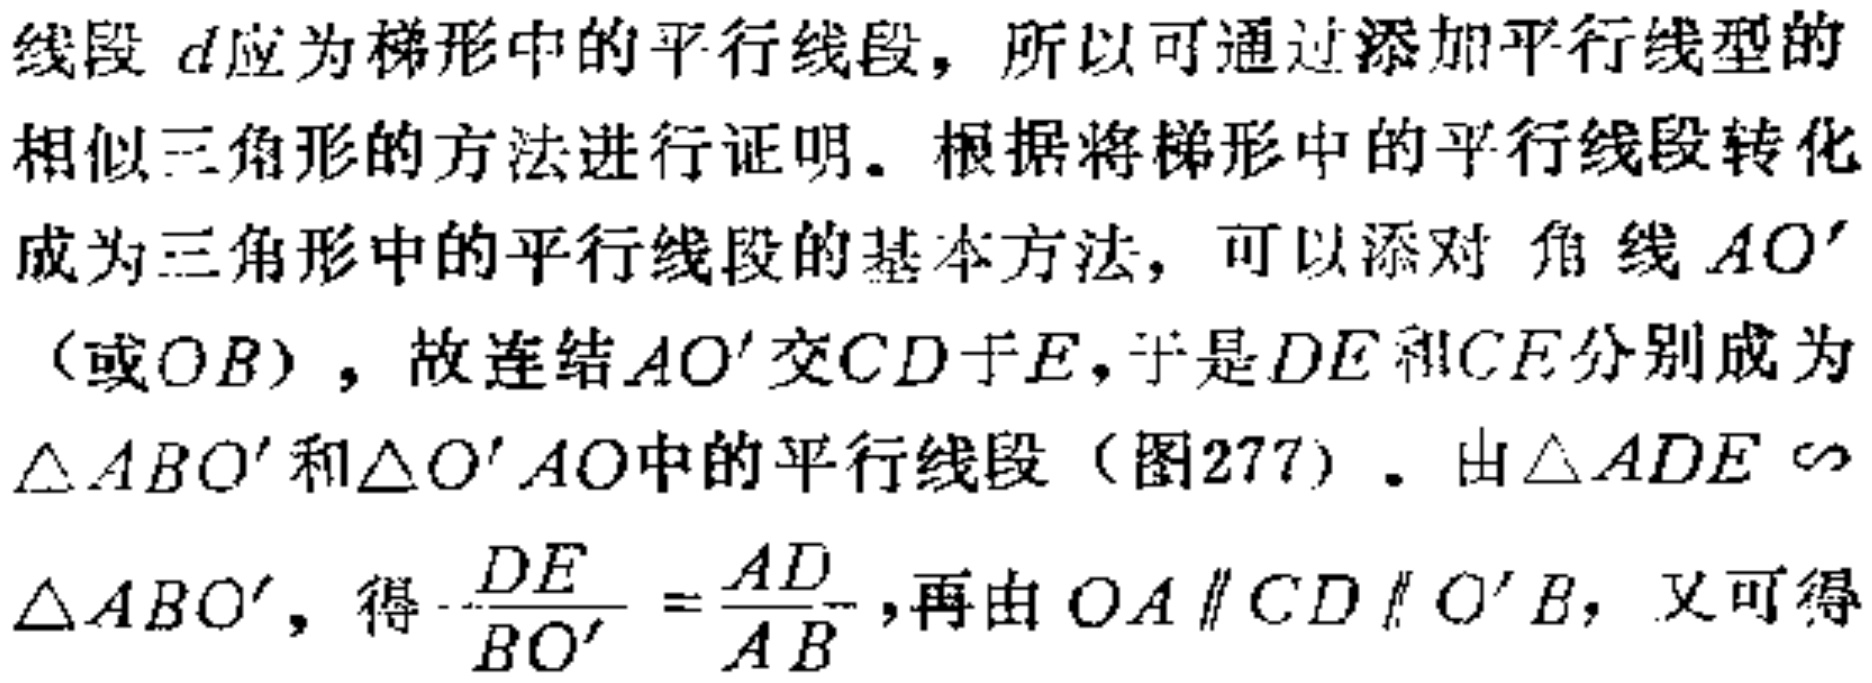
线段 \(d\)应为梯形中的平行线段，所以可通过添加平行线型的
相似三角形的方法进行证明。根据将梯形中的平行线段转化
成为三角形中的平行线段的基本方法，可以添对 角 线 \(AO'\)
（或\(OB\)），故连结\(AO'\)交\(CD\)于\(E\)，于是\(DE\)和\(CE\)分别成为
\(\triangle ABO'\)和\(\triangle O'AO\)中的平行线段（图277）。由\(\triangle ADE \sim\)
\(\triangle ABO'\)，得\(\frac{DE}{BO'}=\frac{AD}{AB}\)，再由 \(OA \parallel CD \parallel O'B\)，又可得